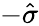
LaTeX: -\hat{\sigma}